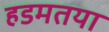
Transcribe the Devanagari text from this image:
हडमतया